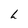
Character: h